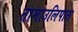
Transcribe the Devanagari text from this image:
तामाउलिपास